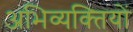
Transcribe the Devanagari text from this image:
अभिव्यक्‍तियों